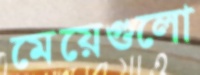
মেয়েগুলো